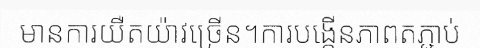
មានការយឺតយ៉ាវច្រើន។ការបង្កើនភាពតភ្ជាប់